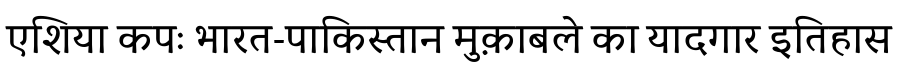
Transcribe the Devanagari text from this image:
एशिया कपः भारत-पाकिस्तान मुक़ाबले का यादगार इतिहास